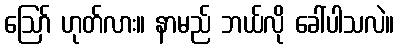
ဪ ဟုတ်လား။ နာမည် ဘယ်လို ခေါ်ပါသလဲ။